Report on horse surra - Volume II, Part II
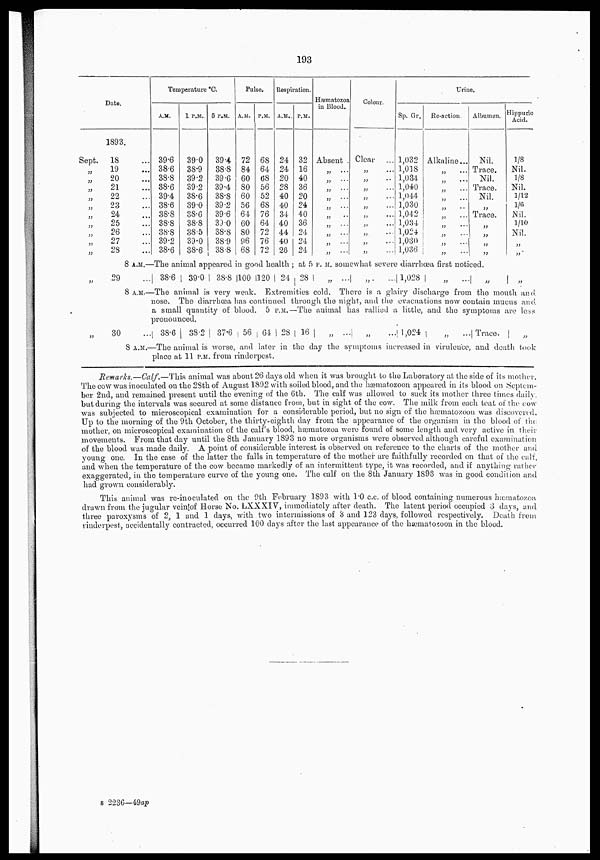
193
Date.
Sept.
„
„
„
„
„
„
„
„
„
„
1893.
18 ...
19 ...
20 ...
21 ...
22 ...
23 ...
24 ...
25 ...
26 ...
27 ...
28 ...
Temperature °C.
A.M.
39.6
38.6
38.8
38.6
39.4
38.6
38.8
38.8
38.8
39.2
38.6
1 P.M.
39.0
38.9
39.2
39.2
38.6
39.0
38.6
38.8
38.5
39.0
38.6
5 P.M.
39.4
38.8
39.6
39.4
38.8
39.2
39.6
39.0
38.8
38.9
38.8
Pulse.
A.M.
72
84
60
80
60
56
64
60
80
96
68
P.M.
68
64
68
56
52
68
76
64
72
76
72
Respiration.
A.M.
24
24
20
28
40
40
34
40
44
40
26
P.M.
32
16
40
36
20
24
40
36
24
24
24
Hæmatozoa
in Blood.
Absent
„ ...
„ ...
„ ...
„ ...
„ ...
„ ...
„ ...
„ ...
„ ...
„ ...
Colour.
Clear
...
„
...
„ ...
„ ...
„ ...
„ ...
„ ...
„
...
„ ...
„ ...
„ ...
Urine.
Sp. Gr.
1,032
1,018
1,034
1,040
1,044
1,030
1,042
1,034
1,024
1,030
1,036
Re-action.
Alkaline...
„ ...
„ ...
„ ...
„ ...
„ ...
„
...
„
...
„
...
„
...
„
Albumen.
Nil.
Trace.
Nil.
Trace.
Nil.
„
Trace.
„
„
„
„
Hippuric
Acid.
⅛
Nil.
⅛
Nil.
1/12
1/6
Nil.
1/10
Nil.
„
„
8 A.M.—The animal appeared in good health ; at 5 P. M. somewhat severe diarrhœa first noticed.
„
29 ...
38.6
39.0 38.8 100 120 24 28
„ ..
„
... 1,028
„
..
„
„
8 A.M.—The animal is very weak. Extremities cold. There is a glairy discharge from the mouth and
nose. The diarrhœa has continued through the night, and the evacuations now contain mucus and
a small quantity of blood. 5 P.M.—The animal has rallied a little, and the symptoms are less
pronounced.
„
30 ...
38.6
38.2
37 .6 56 64
28 16
„ ... „
1,024
„
... Trace. „
8 A.M.—The animal is worse, and later in the day the symptoms increased in virulence, and death took
place at 11 P.M. from rinderpest.
Remarks.—Calf.—This animal was about 26 days old when it was brought to the Laboratory at the side of its mother.
The cow was inoculated on the 28th of August 1892 with soiled blood, and the hæmatozoon appeared in its blood on Septem
ber 2nd, and remained present until the evening of the 6th. The calf was allowed to suck its mother three times daily
but during the intervals was secured at some distance from, but in sight of the cow. The milk from each teat of the cow
was subjected to microscopical examination for a considerable period, but no sign of the hæmatozoon was discovered.
Up to the morning of the 9th October, the thirty-eighth day from the appearance of the organism in the blood of the
mother, on microscopical examination of the calf's blood, hæmatozoa were found of some length and very active in their
movements. From that day until the 8th January 1893 no more organisms were observed although careful examination
of the blood was made daily. A point of considerable interest is observed on reference to the charts of the mother and
young one. In the case of the latter the falls in temperature of the mother are faithfully recorded on that of the calf,
and when the temperature of the cow became markedly of an intermittent type, it was recorded, and if anything rather
exaggerated, in the temperature curve of the young one. The calf on the 8th January 1893 was in good condition and
had grown considerably.
This animal was re-inoculated on the 9th February 1893 with 1.0 c.c. of blood containing numerous hæmatozoa
drawn from the jugular vein of Horse No. LXXXIV, immediately after death. The latent period occupied 3 days, and
three paroxysms of 2, 1 and 1 days, with two intermissions of 3 and 123 days, followed respectively. Death from
rinderpest, accidentally contracted, occurred 100 days after the last appearance of the hæmatozoon in the blood.
B 2236—49ap